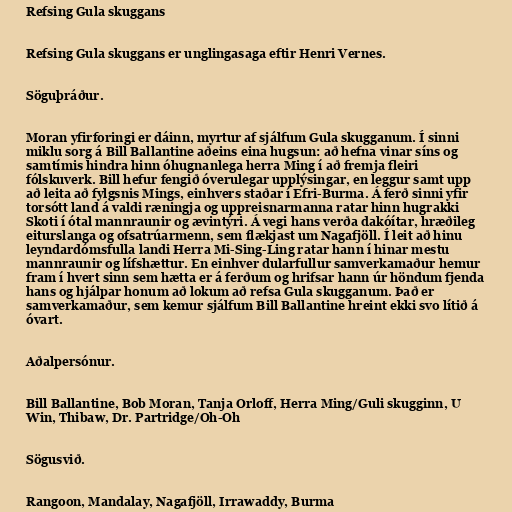
Refsing Gula skuggans

Refsing Gula skuggans er unglingasaga eftir Henri Vernes.

Söguþráður.

Moran yfirforingi er dáinn, myrtur af sjálfum Gula skugganum. Í sinni
miklu sorg á Bill Ballantine aðeins eina hugsun: að hefna vinar síns og
samtímis hindra hinn óhugnanlega herra Ming í að fremja fleiri
fólskuverk. Bill hefur fengið óverulegar upplýsingar, en leggur samt upp
að leita að fylgsnis Mings, einhvers staðar í Efri-Burma. Á ferð sinni yfir
torsótt land á valdi ræningja og uppreisnarmanna ratar hinn hugrakki
Skoti í ótal mannraunir og ævintýri. Á vegi hans verða dakóítar, hræðileg
eiturslanga og ofsatrúarmenn, sem flækjast um Nagafjöll. Í leit að hinu
leyndardómsfulla landi Herra Mi-Sing-Ling ratar hann í hinar mestu
mannraunir og lífshættur. En einhver dularfullur samverkamaður hemur
fram í hvert sinn sem hætta er á ferðum og hrifsar hann úr höndum fjenda
hans og hjálpar honum að lokum að refsa Gula skugganum. Það er
samverkamaður, sem kemur sjálfum Bill Ballantine hreint ekki svo lítið á
óvart.

Aðalpersónur.

Bill Ballantine, Bob Moran, Tanja Orloff, Herra Ming/Guli skugginn, U
Win, Thibaw, Dr. Partridge/Oh-Oh

Sögusvið.

Rangoon, Mandalay, Nagafjöll, Irrawaddy, Burma